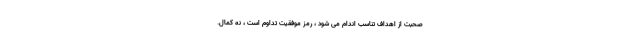
صحبت از اهداف تناسب اندام می شود ، رمز موفقیت تداوم است ، نه کمال.